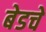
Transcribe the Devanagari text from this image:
बेडचे